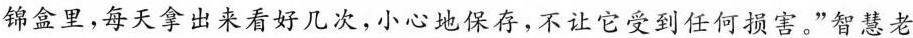
锦盒里，每天拿出来看好几次，小心地保存，不让它受到任何损害。”智慧老